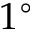
1 ^ { \circ }